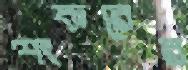
শংকরের